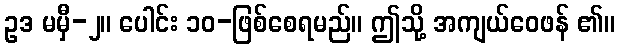
ဥဒ မမှီ-၂။ ပေါင်း ၁၀-ဖြစ်စေရမည်။ ဤသို့ အကျယ်ဝေဖန် ၏။